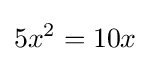
5x^{2}=10x